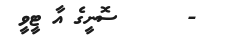
-      ސޮނީގެ އާ ޓީވީ